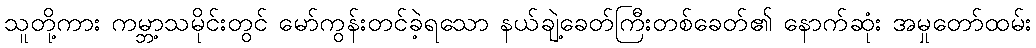
သူတို့ကား ကမ္ဘာ့သမိုင်းတွင် မော်ကွန်းတင်ခဲ့ရသော နယ်ချဲ့ခေတ်ကြီးတစ်ခေတ်၏ နောက်ဆုံး အမှုတော်ထမ်း